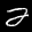
Label: 2